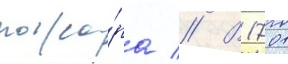
пожа́ра // В 1701